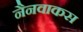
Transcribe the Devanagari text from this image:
नैनवाकस